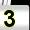
Digit: 3